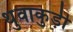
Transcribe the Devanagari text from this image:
थुवाकुड़ी